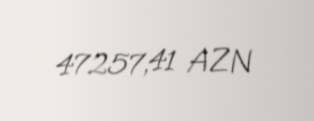
47257,41 AZN